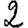
Digit: 2